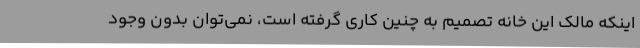
اینکه مالک این خانه تصمیم به چنین کاری گرفته است، نمی‌توان بدون وجود